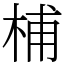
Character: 㭪